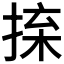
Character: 𢮕